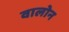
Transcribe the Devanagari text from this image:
वालोन